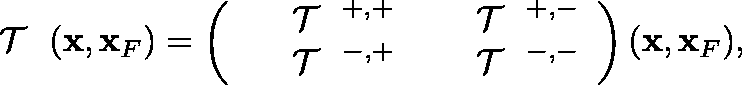
\begin{array} { r } { { { { \mathrm { ~ \boldmath ~ { ~ \cal ~ T ~ } ~ } } } } ( { \bf x } , { \bf x } _ { F } ) = \left( \begin{array} { l l } { { { { \mathrm { ~ \boldmath ~ { ~ \cal ~ T ~ } ~ } } } } ^ { + , + } } & { { { { \mathrm { ~ \boldmath ~ { ~ \cal ~ T ~ } ~ } } } } ^ { + , - } } \\ { { { { \mathrm { ~ \boldmath ~ { ~ \cal ~ T ~ } ~ } } } } ^ { - , + } } & { { { { \mathrm { ~ \boldmath ~ { ~ \cal ~ T ~ } ~ } } } } ^ { - , - } } \end{array} \right) ( { \bf x } , { \bf x } _ { F } ) , } \end{array}